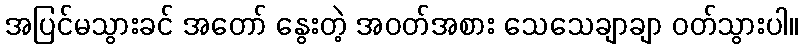
အပြင်မသွားခင် အတော် နွေးတဲ့ အဝတ်အစား သေသေချာချာ ဝတ်သွားပါ။